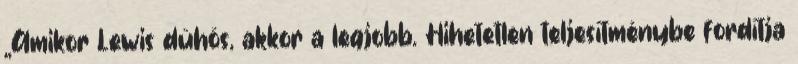
„Amikor Lewis dühös, akkor a legjobb. Hihetetlen teljesítménybe fordítja